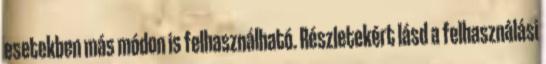
esetekben más módon is felhasználható. Részletekért lásd a felhasználási